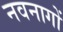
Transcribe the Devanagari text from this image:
नवनागों